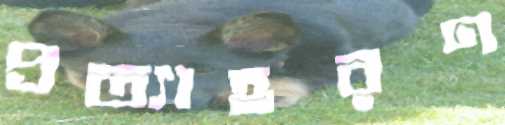
প্রত্যাহরণ